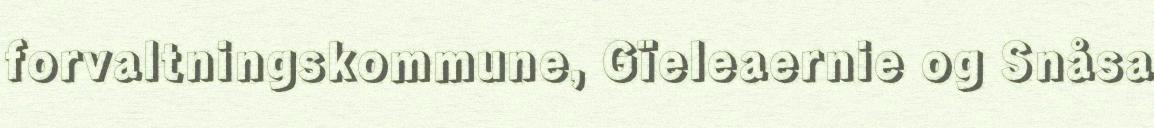
forvaltningskommune, Gïeleaernie og Snåsa